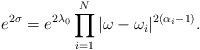
\begin{align*} e^{2\sigma} = e^{2\lambda_{0}} \prod_{i=1}^{N} | \omega -\omega_{i}|^{2(\alpha_{i} -1)}.\end{align*}